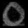
Digit: ၀